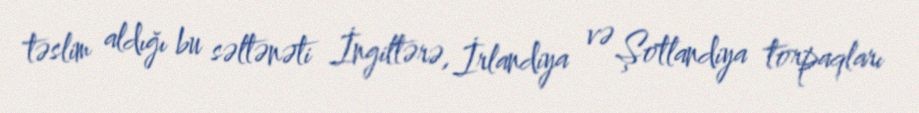
təslim aldığı bu səltənəti İngiltərə, İrlandiya və Şotlandiya torpaqları